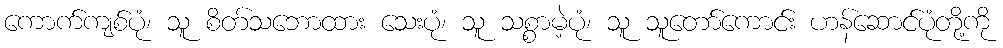
ကောက်ကျစ်ပုံ၊ သူ စိတ်သဘောထား သေးပုံ၊ သူ သစ္စာမဲ့ပုံ၊ သူ သူတော်ကောင်း ဟန်ဆောင်ပုံတို့ကို